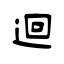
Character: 迴